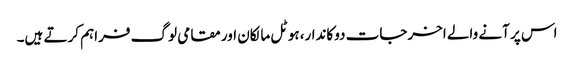
اس پر آنے والے اخرجات دوکاندار،ہوٹل مالکان اور مقامی لوگ فراہم کرتے ہیں۔